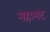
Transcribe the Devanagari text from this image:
महाभट